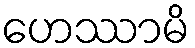
ဟေဿာမိ